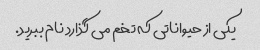
یکی از حیواناتی که تخم می گذارد نام ببرید.